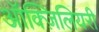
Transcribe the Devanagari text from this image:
ऑक्ज़िलियरी